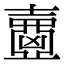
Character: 𡕂